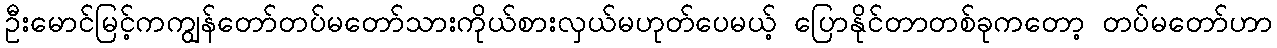
ဦးမောင်မြင့်ကကျွန်တော်တပ်မတော်သားကိုယ်စားလှယ်မဟုတ်ပေမယ့် ပြောနိုင်တာတစ်ခုကတော့ တပ်မတော်ဟာ